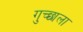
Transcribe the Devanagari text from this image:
गुच्छाला